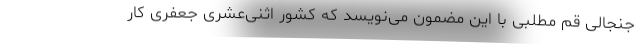
جنجالی قم مطلبی با این مضمون می‌نویسد که کشور اثنی‌عشری جعفری کار